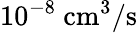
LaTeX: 10^{-8}~\mathrm{{cm^{3}/s}}